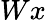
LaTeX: Wx